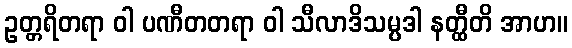
ဥတ္တရိတရာ ဝါ ပဏီတတရာ ဝါ သီလာဒိသမ္ပဒါ နတ္ထီတိ အာဟ။